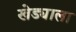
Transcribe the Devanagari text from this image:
खेड्याला